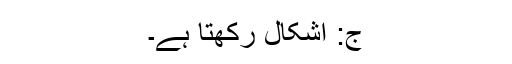
ج: اشکال رکھتا ہے۔